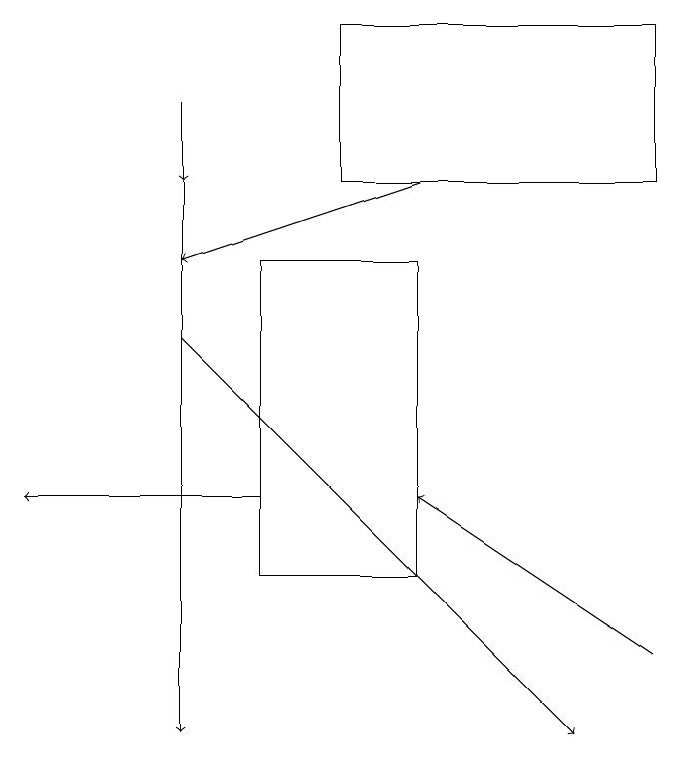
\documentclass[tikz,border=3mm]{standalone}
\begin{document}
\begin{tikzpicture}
\draw[->] (3,18) -- (3,17);
\draw (5,19) rectangle (9,17);
\draw[->] (4,13) -- (1,13);
\draw[->] (3,17) -- (3,10);
\draw (4,12) rectangle (6,16);
\draw[->] (6,17) -- (3,16);
\draw[->] (3,15) -- (8,10);
\draw[->] (9,11) -- (6,13);
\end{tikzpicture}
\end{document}